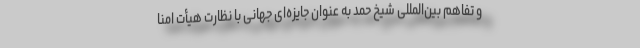
و تفاهم بین‌المللی شیخ حمد به عنوان جایزه‌ای جهانی با نظارت هیأت امنا